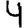
Digit: 4